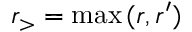
r _ { > } = \operatorname* { m a x } { ( r , r ^ { \prime } ) }